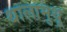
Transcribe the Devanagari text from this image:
थालामुथू